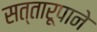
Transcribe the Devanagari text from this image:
सत्तारूपाने